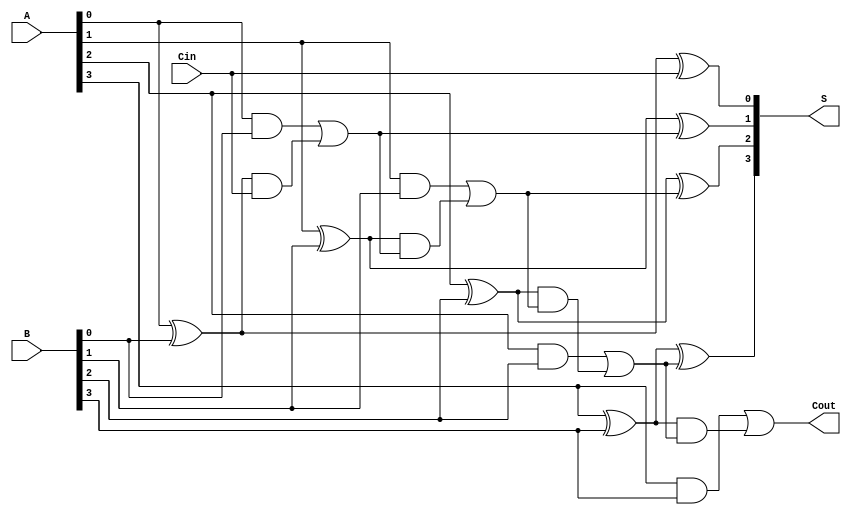
module ling_adder #(parameter N = 4) (
    input  [N-1:0] A,      // First n-bit input
    input  [N-1:0] B,      // Second n-bit input
    input          Cin,     // Carry-in
    output [N-1:0] S,      // n-bit sum output
    output         Cout     // Carry-out
);

    // Internal wires for generate and propagate signals
    wire [N-1:0] G; // Generate signals
    wire [N-1:0] P; // Propagate signals
    wire [N:0] C;   // Carry signals (C[0] is Cin, C[N] is Cout)

    // Generate and Propagate calculations
    genvar i;
    generate
        for (i = 0; i < N; i = i + 1) begin : gen_prop
            assign G[i] = A[i] & B[i];         // Generate
            assign P[i] = A[i] ^ B[i];         // Propagate
        end
    endgenerate

    // Carry signal calculations
    assign C[0] = Cin; // Initial carry-in
    generate
        for (i = 0; i < N; i = i + 1) begin : carry_calc
            assign C[i + 1] = G[i] | (P[i] & C[i]); // Carry calculation
        end
    endgenerate

    // Sum calculations
    generate
        for (i = 0; i < N; i = i + 1) begin : sum_calc
            assign S[i] = P[i] ^ C[i]; // Sum calculation
        end
    endgenerate

    // Final carry-out
    assign Cout = C[N]; // Carry-out

endmodule